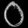
Digit: ၀